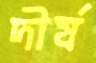
দীর্ষ